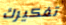
تفكيرك